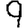
Digit: 9